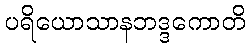
ပရိယောသာနဘဒ္ဒကောတိ